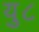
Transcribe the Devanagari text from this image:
यु८